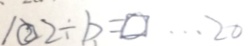
1 0 2 \div b = \square \cdots 2 0